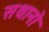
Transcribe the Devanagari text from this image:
सथानो